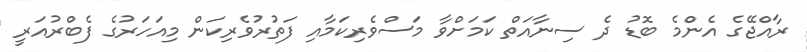
ރާއްޖޭގެ އެންމެ ބޮޑު ދެ ސިނާއަތް ކަމަށްވާ މަސްވެރިކަމާއި ފަތުރުވެރިކަން މިއަހަރުގެ ފެބްރުއަރީ